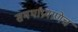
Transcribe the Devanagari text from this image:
समर्थांप्रमाणेच